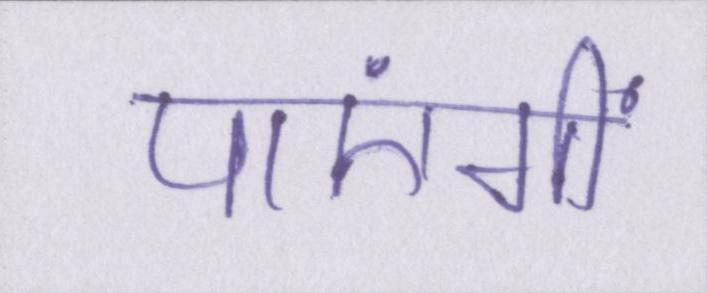
पाएंगीं